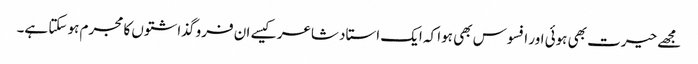
مجھے حیرت بھی ہوئی اور افسوس بھی ہوا کہ ایک استاد شاعر کیسے ان فرو گذاشتوں کا مجرم ہو سکتا ہے۔